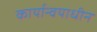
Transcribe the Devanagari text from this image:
कार्यान्वयाधीन